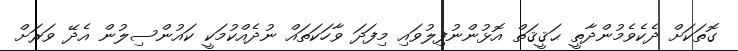
ގޮތަކަށް ދެކެވެމުންދާތީ ޙަޤީޤަތް އޮޅުންނުފިލުވައި މިފަދަ ވާހަކަތައް ނުދެއްކުމަކީ ކައުންސިލުން އެދޭ ވަރަށް